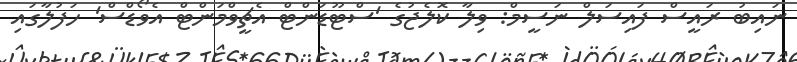
ނައިބު ރައީސް ފައިސަލް ނަސީމް: ވިލާ ކޮލެޖުގެ 'ސްޓޫޑަންޓް އެޗީވްމަންޓް އެވޯޑްސް' ހަފުލާގައި